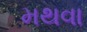
મથવા